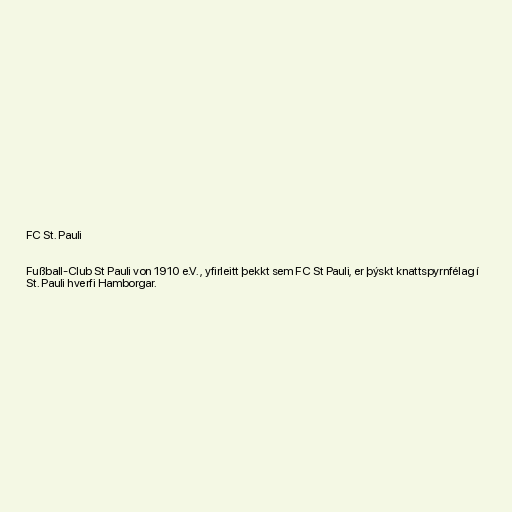
FC St. Pauli

Fußball-Club St Pauli von 1910 e.V. , yfirleitt þekkt sem FC St Pauli, er þýskt knattspyrnfélag í
St. Pauli hverfi Hamborgar.